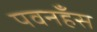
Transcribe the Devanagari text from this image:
पवनहँस